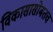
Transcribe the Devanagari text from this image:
विकासासोबतच